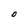
Character: O